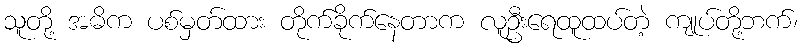
သူတို့ အဓိက ပစ်မှတ်ထား တိုက်ခိုက်နေတာက လူဦးရေထူထပ်တဲ့ ကျုပ်တို့ဘက်၊